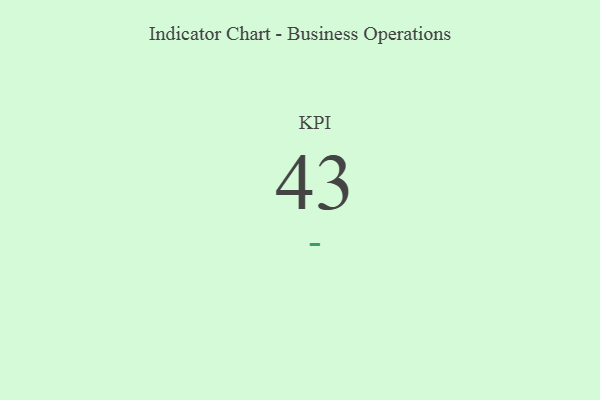
{"axis": {"x": "KPI", "y": "Value"}, "legend": [""], "data": [{"x": "KPI", "y": 43, "type": ""}]}